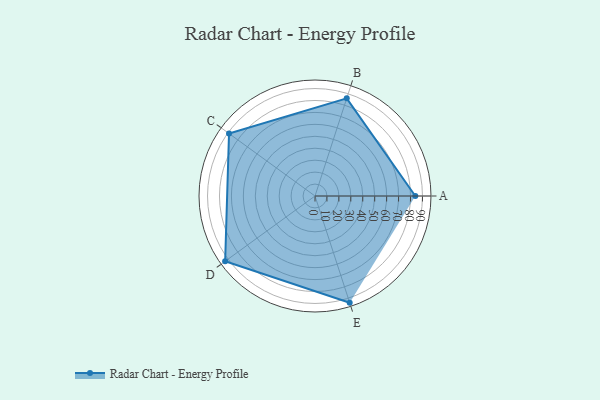
{"axis": {"x": "Skill", "y": "Score"}, "legend": ["Profile"], "data": [{"x": "A", "y": 84.0, "type": "Profile"}, {"x": "B", "y": 86.0, "type": "Profile"}, {"x": "C", "y": 89.0, "type": "Profile"}, {"x": "D", "y": 93.0, "type": "Profile"}, {"x": "E", "y": 94.0, "type": "Profile"}]}